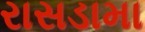
રાસડામા